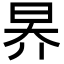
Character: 昦